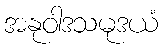
အနုဝါဒသမုဒယံ